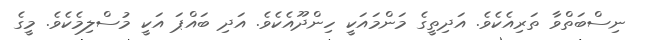
ނިސްބަތްވާ ތަރިއެކެވެ. އަދިތީގެ މަންމައަކީ ހިންދޫއެކެވެ. އަދި ބައްޕަ އަކީ މުސްލިމެކެވެ. މީގެ